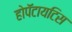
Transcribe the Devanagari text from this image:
होपॅटायटिस